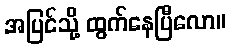
အပြင်သို့ ထွက်နေပြီလော။